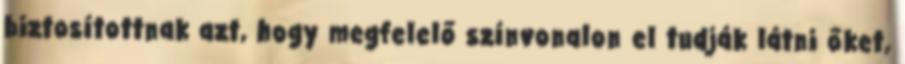
biztosítottnak azt, hogy megfelelő színvonalon el tudják látni őket,